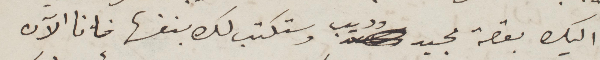
اليك بقصة مجيد وديب وستكتب لك بنفسها فانا الآن